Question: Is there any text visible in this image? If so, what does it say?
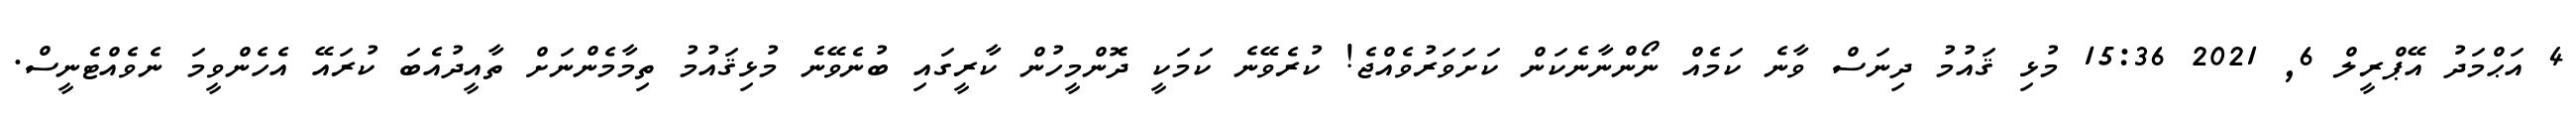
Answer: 4 އަޙްމަދު އޭޕްރީލް 6, 2021 15:36 މުޅި ޤައުމު ދިނަސް ވާނެ ކަމެއް ނޯންނާނެކަން ކަށަވަރުވެއްޖެ! ކުރެވޭނެ ކަމަކީ ދޮންމީހުން ކާރީގައި ބުނެވޭނެ މުޅިޤައުމު ތިމާމެންނަށް ތާއީދުއެބަ ކުރައޭ އެހެންވީމަ ނެވެއްޓެނީސް.